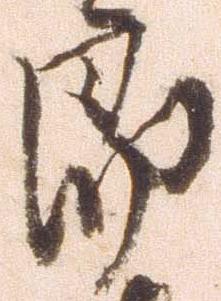
郎